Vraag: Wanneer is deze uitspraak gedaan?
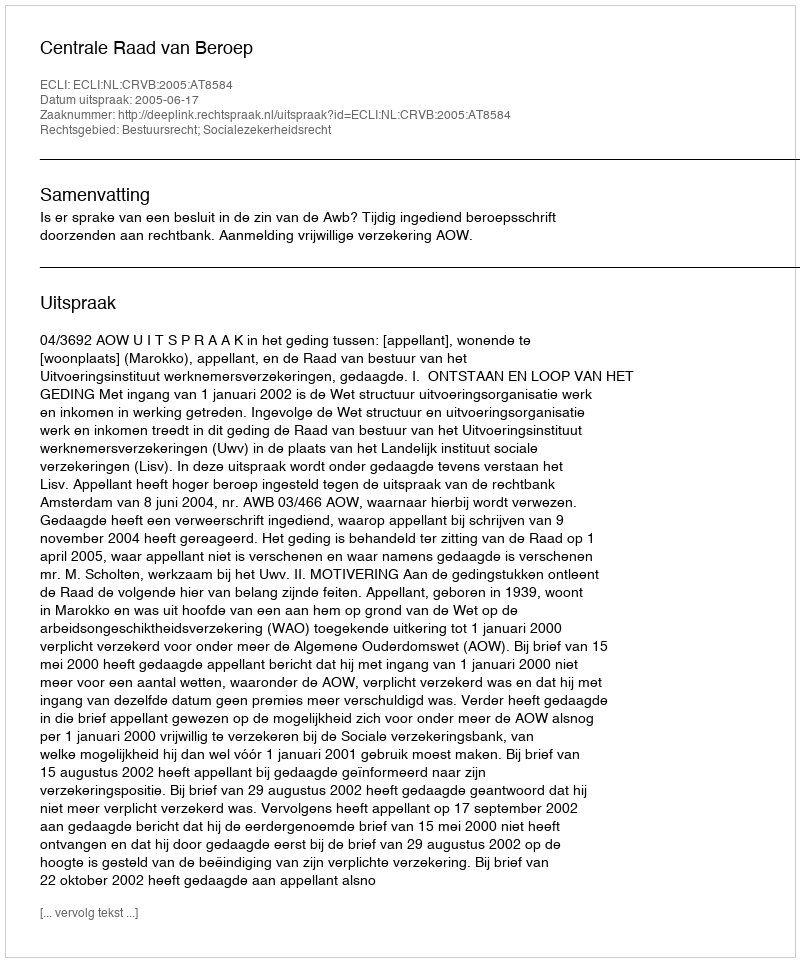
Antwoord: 2005-06-17